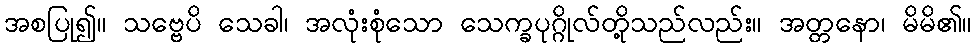
အစပြု၍။ သဗ္ဗေပိ သေခါ၊ အလုံးစုံသော သေက္ခပုဂ္ဂိုလ်တို့သည်လည်း။ အတ္တနော၊ မိမိ၏။